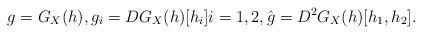
LaTeX: \begin{align*}g& = G_X(h) , g_{i} = D G_X(h)[h_i]i=1,2, \hat g = D^2 G_X(h)[h_1,h_2] .\end{align*}